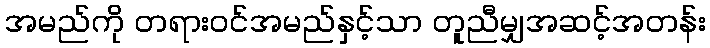
အမည်ကို တရားဝင်အမည်နှင့်သာ တူညီမျှအဆင့်အတန်း